Problem: 64 + 93 = ?
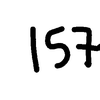
Handwritten answer: 157